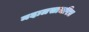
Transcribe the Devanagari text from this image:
मदालसाचरित्र